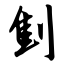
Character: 劁